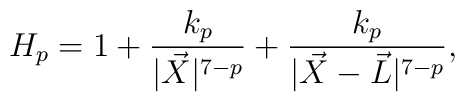
H_p= 1+\frac{k_p}{|\vec{X}|^{7-p}}+\frac{k_p}{|\vec{X}-\vec{L}|^{7-p}},